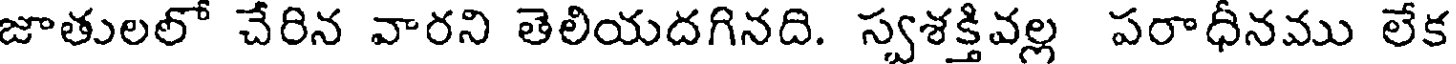
జాతులలో చేరిన వారని తెలియదగినది. స్వశక్తివల్ల పరాధీనము లేక